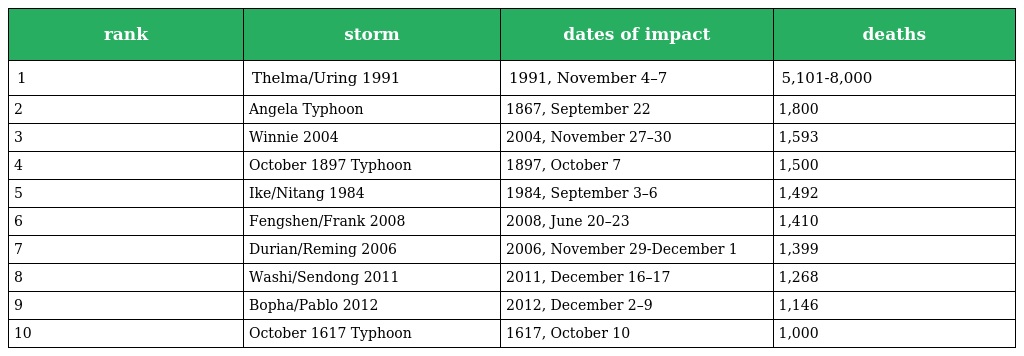
| rank | storm | dates of impact | deaths |
 | --- | --- | --- | --- |
 | 1 | Thelma/Uring 1991 | 1991, November 4–7 | 5,101-8,000 |
 | 2 | Angela Typhoon | 1867, September 22 | 1,800 |
 | 3 | Winnie 2004 | 2004, November 27–30 | 1,593 |
 | 4 | October 1897 Typhoon | 1897, October 7 | 1,500 |
 | 5 | Ike/Nitang 1984 | 1984, September 3–6 | 1,492 |
 | 6 | Fengshen/Frank 2008 | 2008, June 20–23 | 1,410 |
 | 7 | Durian/Reming 2006 | 2006, November 29-December 1 | 1,399 |
 | 8 | Washi/Sendong 2011 | 2011, December 16–17 | 1,268 |
 | 9 | Bopha/Pablo 2012 | 2012, December 2–9 | 1,146 |
 | 10 | October 1617 Typhoon | 1617, October 10 | 1,000 |